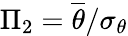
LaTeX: \Pi_{2}=\overline{{\theta}}/\sigma_{\theta}